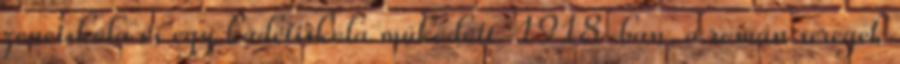
zeneiskola és egy kadétiskola működött. 1918-ban, a román seregek